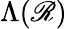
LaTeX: \Lambda(\mathscr{R})